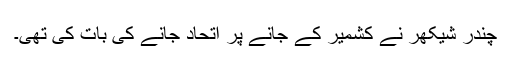
چندر شیکھر نے کشمیر کے جانے پر اتحاد جانے کی بات کی تھی۔